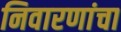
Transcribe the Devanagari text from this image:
निवारणांचा